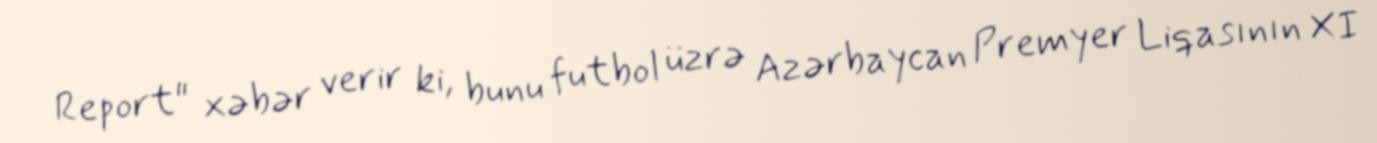
Report" xəbər verir ki, bunu futbol üzrə Azərbaycan Premyer Liqasının XI